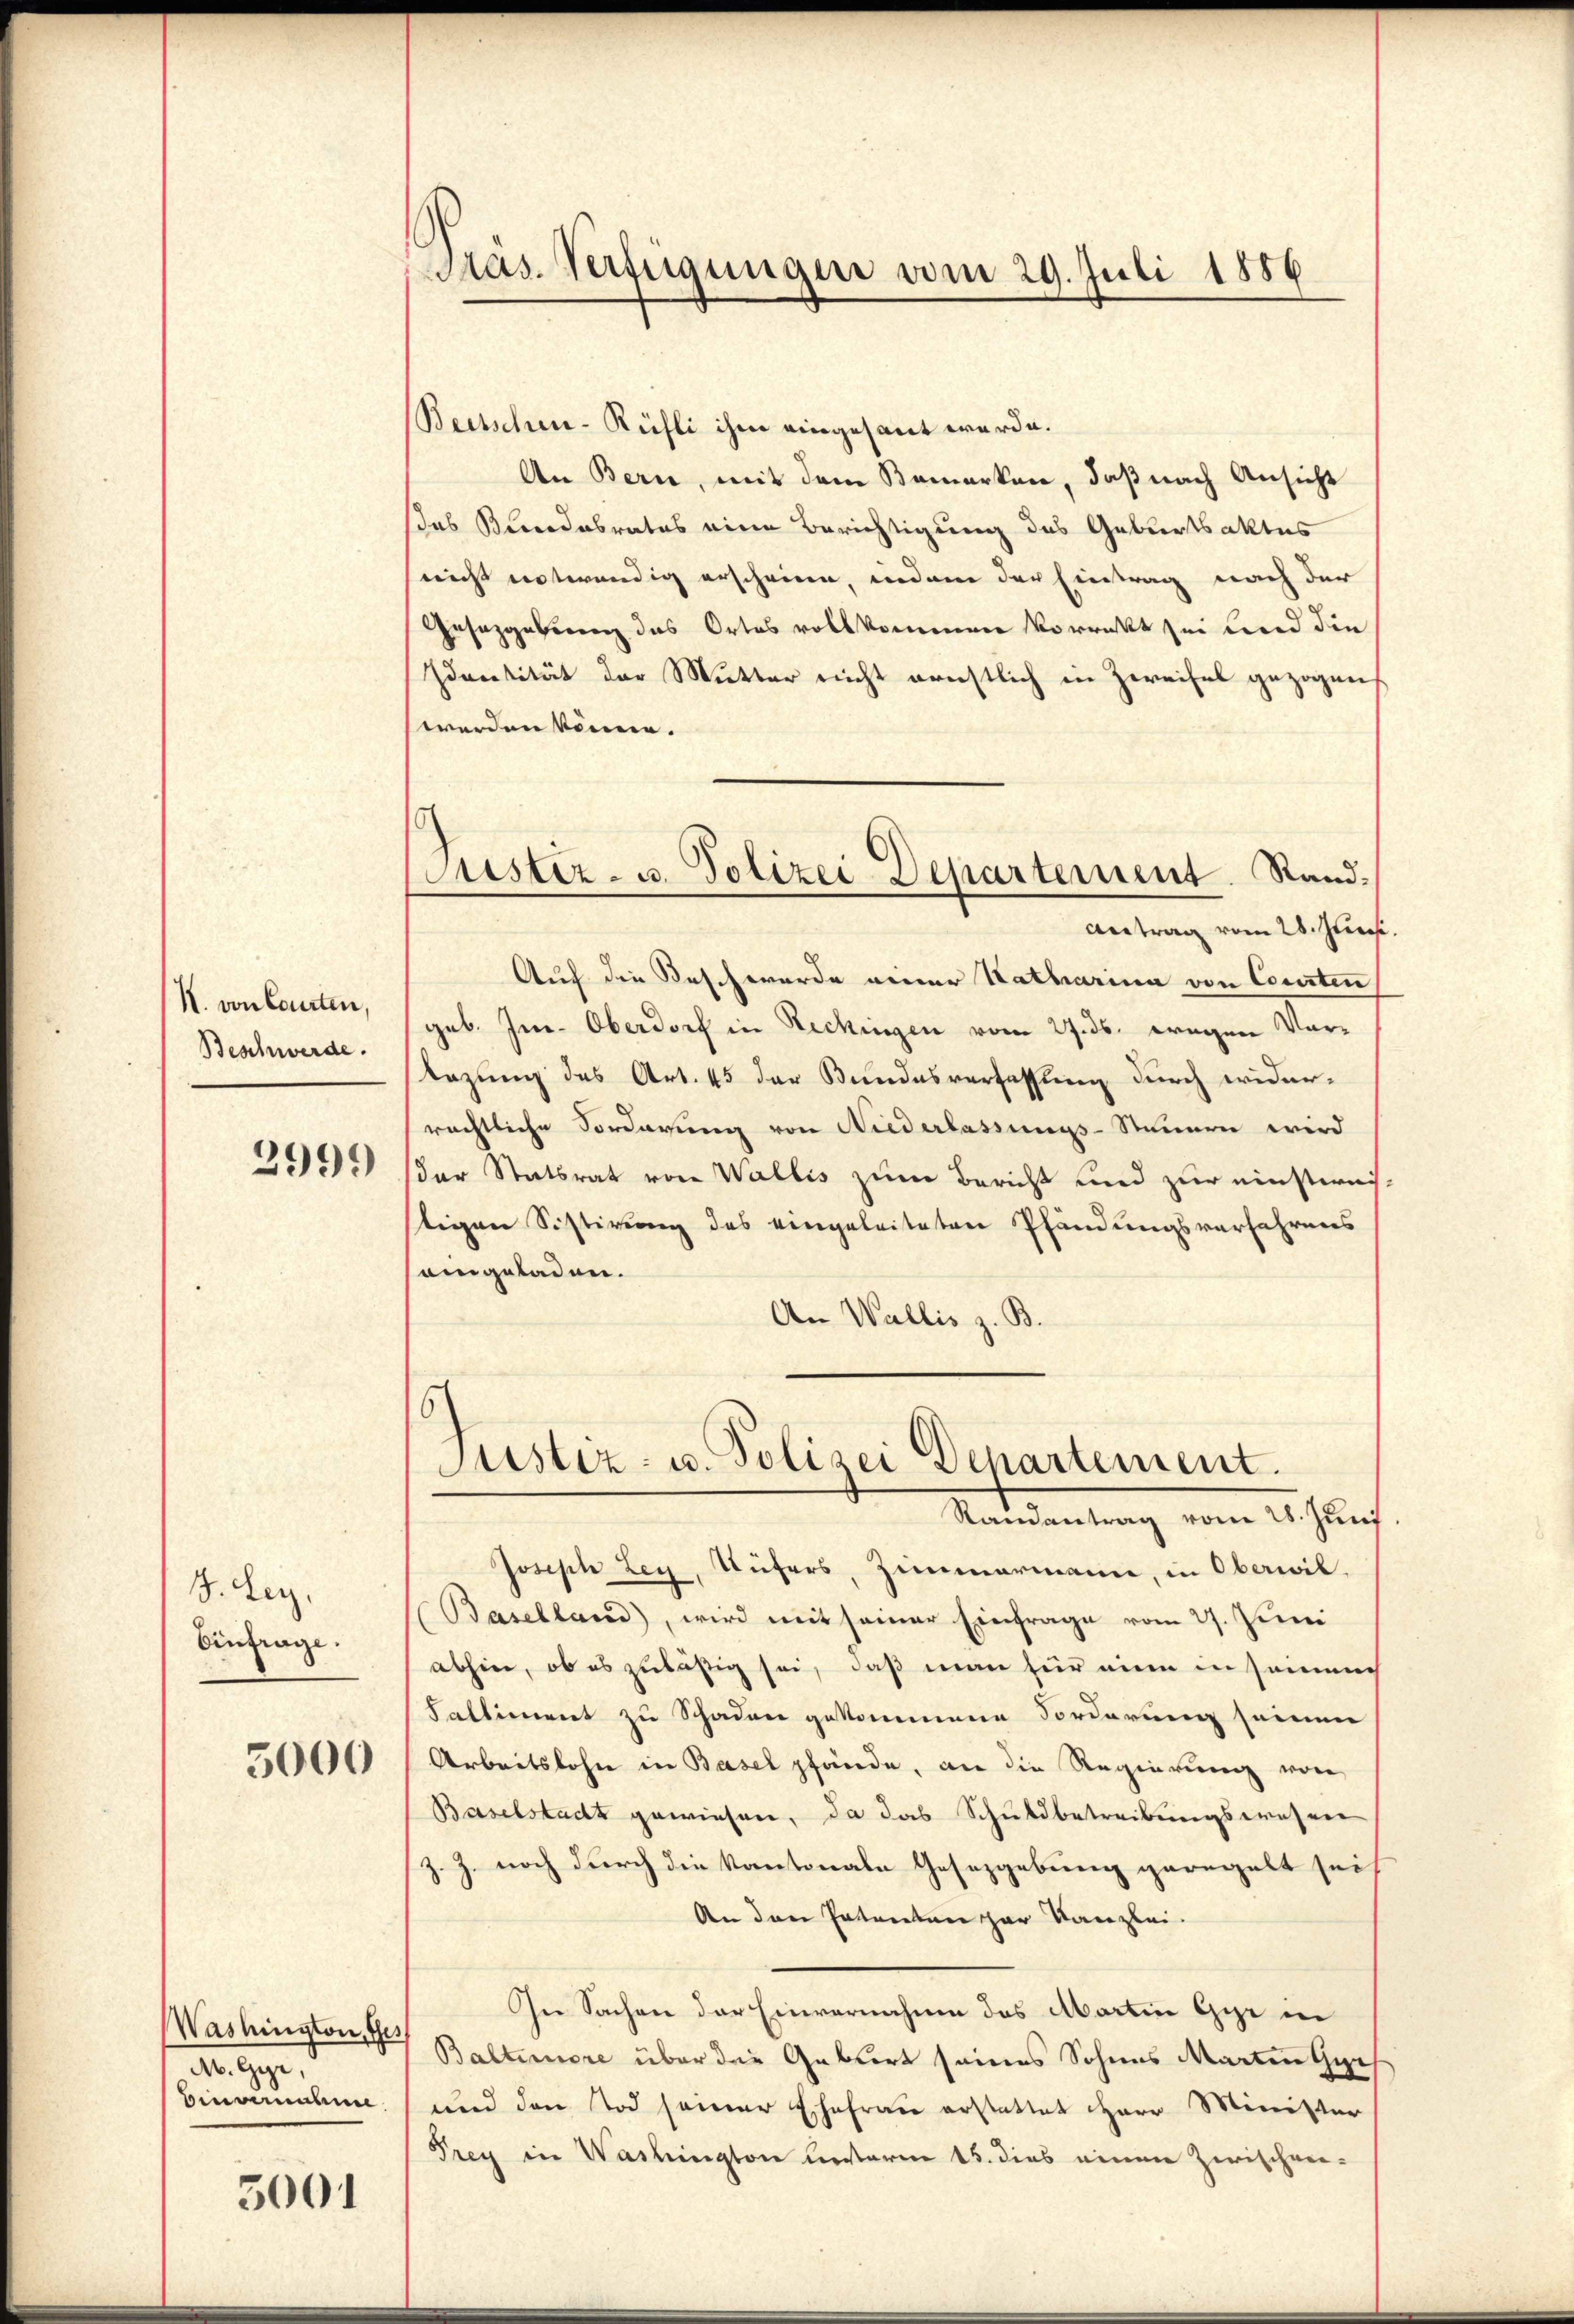
N. von Cauten,
Beschwerde.
2999

J. Ley.
Einfrage.

Washington, Ges
Muntgegen
Benverbun

3001

Präs. Verfügungen vom 29. Juli 1886

Beetschen-Rüfli ihm eingesant werde.
An Bern, mit dem Bemerken, daß nach Ansicht
das Kindebrates eine Berichtigung des Geburtsaktes
nicht entwendig erscheinen, indem der Eintrag nach der
Gesetzgebung des Ortes vollkommen vorrückt sei und die
Identität der Mutter nicht ernstlich in Zweifel gezogen,
werden könne.
Auch die Beschwerde einer Natharina von Courten
geb. Im Oberdorf in Reckingen vom 27. ds. wegen Vortezung des Art. 45 der Bundesverfassung durch wider-
rächtliche Forderung von Niederlassungs-Stammern wird
der Statsrat von Wallis zum Bericht und zur einstirnis
tigen Sistirung des eingeleiteten Pfändungsverfahrens
eingeladen.
An Wallis z. B.

Justiz- u. Polizei-Departement. Sand¬
Antrag vom 28. Jun

6
Justiz- u. Polizei Departement.
Randantrag vom 28. Juni

Joseph Ley, Aufers, Zimmermann, in Oberwil.
Baselland), wird mit seiner Einfrage vom 27. Juni
abhin, ob es zuläßig sei, daß man für mien in seinem
Falliment zu Schaden gekommene Forderung seinen
5000 Arbeitslohn in Basel pfände, an die Regierung von
Baselstadt gewiesen, da das Schuldbetreibungswesen
z. Z. noch durch die Kantonale Gesetzgebung geregelt seih
An den Patenten par Kanzlei.
In Sachen der Einvernahme des Martin Gyr in
Baltimore über die Geburt seines Sohnes Marten Gyrs
und den Tod seiner Ehefrau erstattet Herr Minister
Prey in Washington unterm 15. dies einen Zwischen-